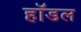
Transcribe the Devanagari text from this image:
हॉडल